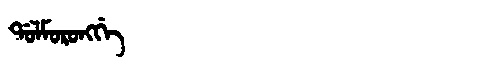
Manchu: ᡩᠣᠯᠮᠣᡵᠣᠩᡤᡝ
Romanization: DOLMORONGGE